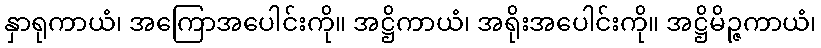
နှာရုကာယံ၊ အကြောအပေါင်းကို။ အဋ္ဌိကာယံ၊ အရိုးအပေါင်းကို။ အဋ္ဌိမိဉ္ဇကာယံ၊